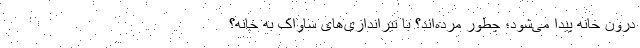
درون خانه پیدا می‌شود؛ چطور مرده‌اند؟ با تیراندازی‌های ساواک به خانه؟